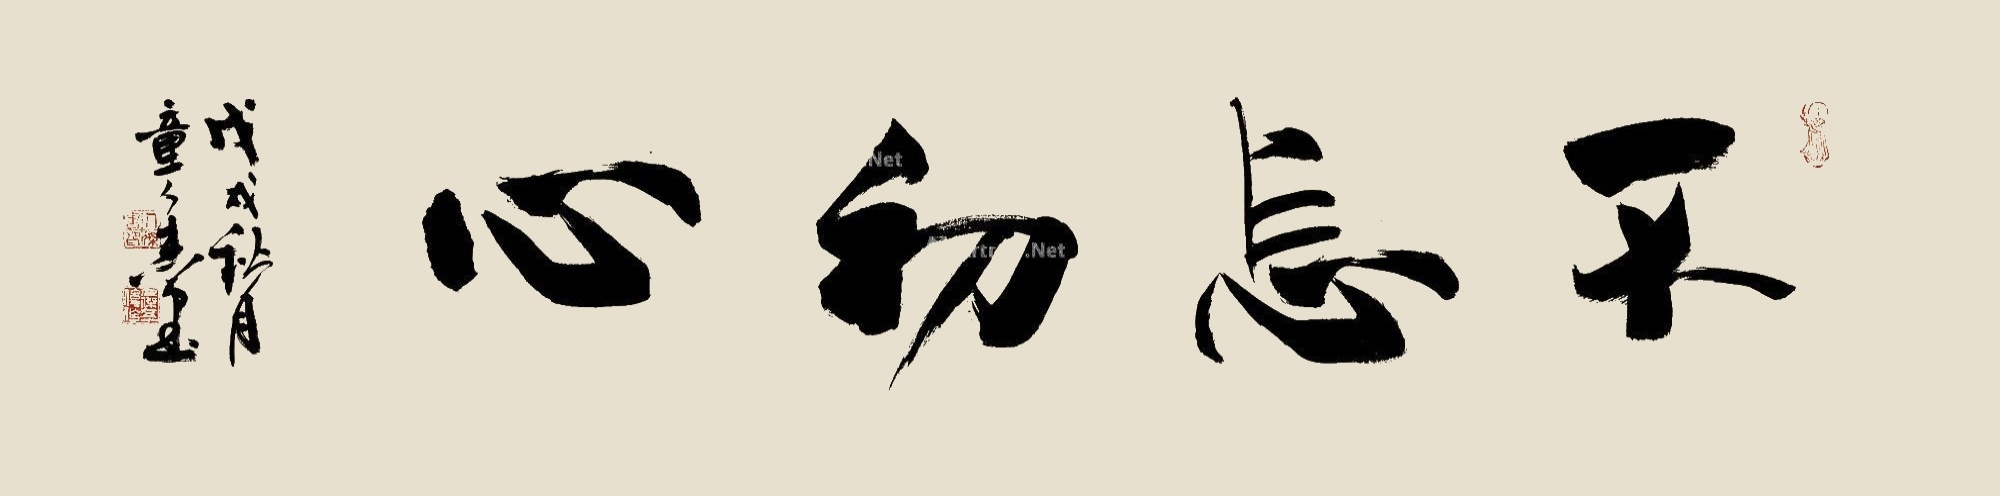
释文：不忘初心。戊戌秋月，童人杰书。